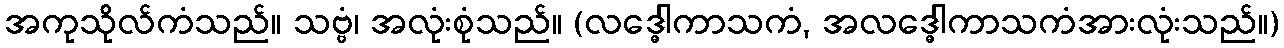
အကုသိုလ်ကံသည်။ သဗ္ဗံ၊ အလုံးစုံသည်။ (လဒ္ဓေါကာသကံ, အလဒ္ဓေါကာသကံအားလုံးသည်။)